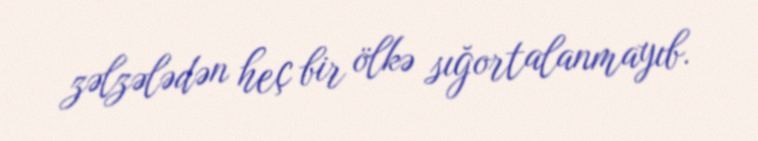
zəlzələdən heç bir ölkə sığortalanmayıb.